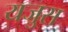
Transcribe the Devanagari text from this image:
यजुस